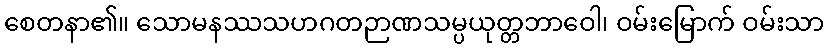
စေတနာ၏။ သောမနဿသဟဂတဉာဏသမ္ပယုတ္တဘာဝေါ၊ ဝမ်းမြောက် ဝမ်းသာ